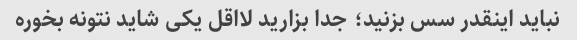
نباید اینقدر سس بزنید؛ جدا بزارید لااقل یکی شاید نتونه بخوره